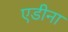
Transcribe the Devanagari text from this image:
एडीना